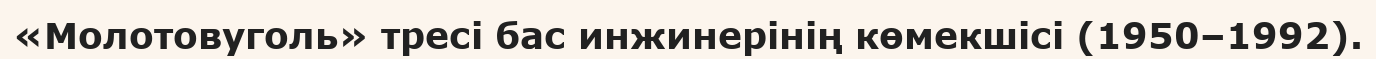
«Молотовуголь» тресі бас инжинерінің көмекшісі (1950–1992).